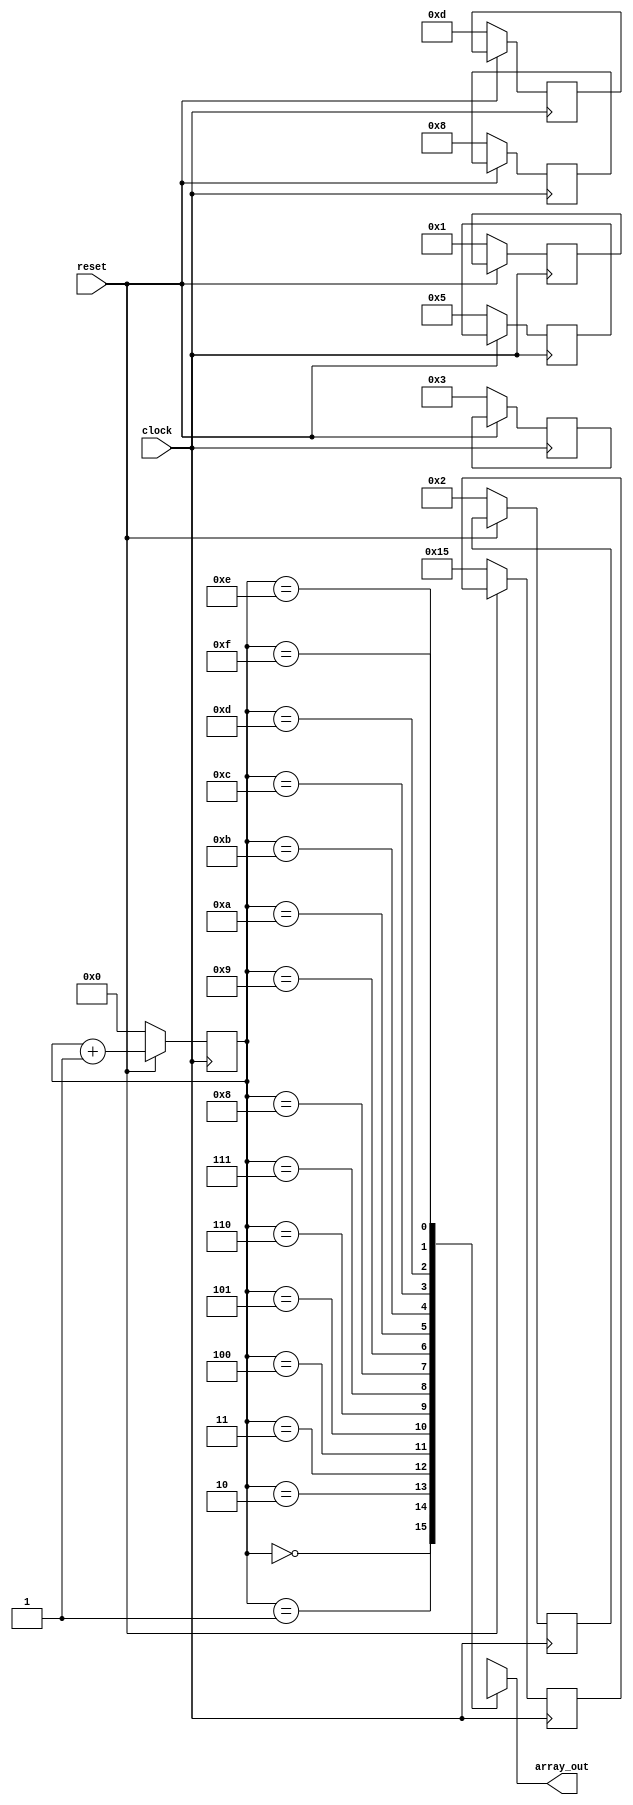
/***********************************************************************

  Array access test cases
  Copyright (C) 2001  Eric LaForest, ecl@pet.dhs.org
  Licenced under GPL

***********************************************************************/

module wire_test_case (array_out, clock, reset);
	output [15:0] array_out;
	input clock, reset;

	reg [3:0] readptr;
	reg [15:0] body [15:0];

	wire [15:0] array_out;
	assign array_out = body[readptr];

//	reg [15:0] array_out;
//	always @(readptr or body[readptr]) begin
//		array_out <= body[readptr];
//	end

	always @(posedge clock) begin
		if (reset == 0) begin
			readptr <= 16'h0000;
			body[0] <= 16'h0001; // Fibonnacci
			body[1] <= 16'h0002;
			body[2] <= 16'h0003;
			body[3] <= 16'h0005;
			body[4] <= 16'h0008;
			body[5] <= 16'h000D;
			body[6] <= 16'h0015;
		end
		else begin
			readptr <= readptr + 16'h0001;
		end
	end
endmodule

module always_test_case (array_out, clock, reset);
	output [15:0] array_out;
	input clock, reset;

	reg [3:0] readptr;
	reg [15:0] body [15:0];

//	wire [15:0] array_out;
//	assign array_out = body[readptr];

	reg [15:0] array_out;
	always @(readptr or body[readptr]) begin
		array_out <= body[readptr];
	end

	always @(posedge clock) begin
		if (reset == 0) begin
			readptr <= 16'h0000;
			body[0] <= 16'h0001; // Fibonnacci
			body[1] <= 16'h0002;
			body[2] <= 16'h0003;
			body[3] <= 16'h0005;
			body[4] <= 16'h0008;
			body[5] <= 16'h000D;
			body[6] <= 16'h0015;
		end
		else begin
			readptr <= readptr + 16'h0001;
		end
	end
endmodule

module BENCH ();
	wire [15:0] array_out1, array_out2;
	reg clock, reset;

	integer count;
        integer errors;

	wire_test_case usingwire (array_out1, clock, reset);
	always_test_case usingalways (array_out2, clock, reset);

	initial begin
//		$dumpfile("waves.vcd");
//		$dumpvars(0, BENCH);
		clock <= 0;
		reset <= 0;
		count <= 0;
		#1000;
	        if (errors == 0)
		  $display("PASSED");
		$finish;
	end

	always begin
		# 10 clock <= ~clock;
	end

	always @(posedge clock) begin
		count <= count + 1;
		case (count)
			10: begin
				reset <= 1;
			end
		endcase
	end

   initial errors = 0;

   always @(negedge clock)
     if (array_out1 !== array_out2)
       begin
	  $display("FAILED: %b !== %b", array_out1, array_out2);
	  errors = errors + 1;
       end

endmodule